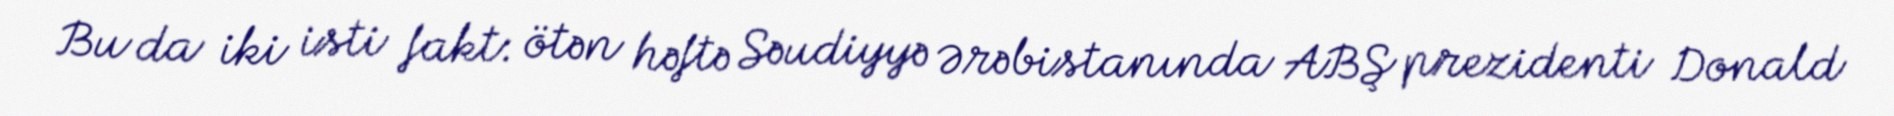
Bu da iki isti fakt: ötən həftə Səudiyyə Ərəbistanında ABŞ prezidenti Donald